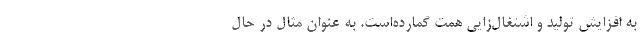
به افزایش تولید و اشتغال‌زایی همت گمارده‌است. به عنوان مثال در حال